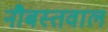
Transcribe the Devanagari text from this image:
नौबस्तवाल